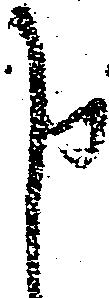
申